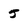
Character: 5